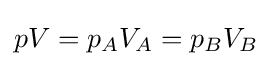
pV=p_{A}V_{A}=p_{B}V_{B}